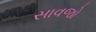
સાવજો